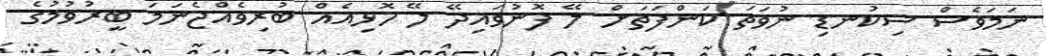
ނަމަވެސް ސިކުނޑި ނުވަތަ ކަންފަތަށް ލޭ ފޮނުވައިދޭ ލޭ ހޮޅިއެއް ބުރިވެއްޖެނަމަ ބީރުވުމުގެ